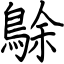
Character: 鵌